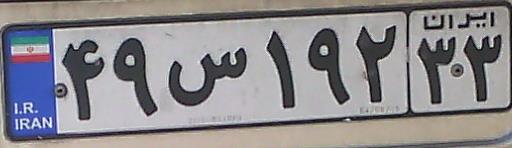
۴۹س۱۹۲۳۳